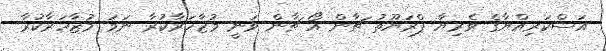
އަސްކަރިއްޔާގެ ވެރިޔާ ޕްރަޔޫތު ޗާން އޯ ޗާން ވަނީ މުޒާހަރާކުރާ ނަމަ މުޒާހަރާކުރާ